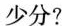
少分？